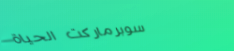
سوبرماركت الحياة